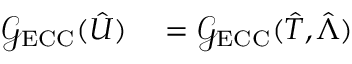
\begin{array} { r l } { \mathcal G _ { \mathrm { E C C } } ( \hat { U } ) } & { { } = \mathcal G _ { \mathrm { E C C } } ( \hat { T } , \hat { \Lambda } ) } \end{array}